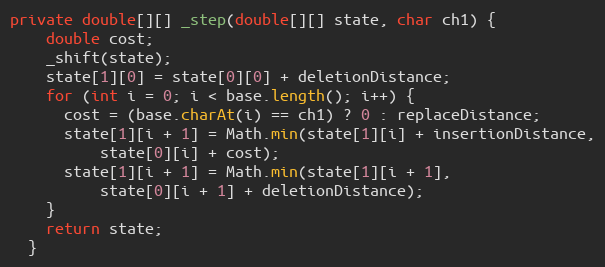
Language: Java
private double[][] _step(double[][] state, char ch1) {
    double cost;
    _shift(state);
    state[1][0] = state[0][0] + deletionDistance;
    for (int i = 0; i < base.length(); i++) {
      cost = (base.charAt(i) == ch1) ? 0 : replaceDistance;
      state[1][i + 1] = Math.min(state[1][i] + insertionDistance,
          state[0][i] + cost);
      state[1][i + 1] = Math.min(state[1][i + 1],
          state[0][i + 1] + deletionDistance);
    }
    return state;
  }